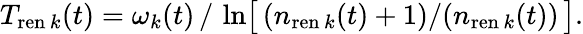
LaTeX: T_{\mathrm{ren}\, k}(t)=\omega_{k}(t)\, /\, \ln\bigl[\, (n_{\mathrm{ren}\, k}(t)+1)/(n_{\mathrm{ren}\, k}(t))\, \bigr].